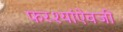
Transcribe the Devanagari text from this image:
फरश्यांऐवजी